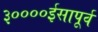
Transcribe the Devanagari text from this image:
३००००ईसापूर्व